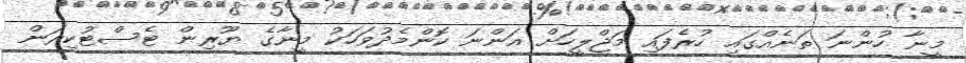
މީނާ ހުންނަ ތަނެއްގައި ހުރެފައި މަޖްލީހަށް އަންނަ ކޮންމެދުވަހަކު މީނާގެ ޔޫރިން ޓެސްޓުކިރަން